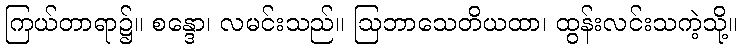
ကြယ်တာရာ၌။ စန္ဒော၊ လမင်းသည်။ ဩဘာသေတိယထာ၊ ထွန်းလင်းသကဲ့သို့။